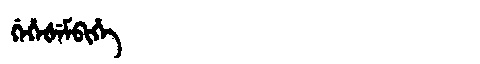
Manchu: ᡤᡝᡥᡝᡧᡝᠮᠪᡳᡥᡝ
Romanization: GEHEŠEMBIHE